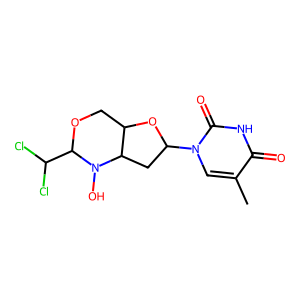
SMILES: Cc1cn(C2CC3C(COC(C(Cl)Cl)N3O)O2)c(=O)[nH]c1=O
Inhibits HIV replication: No